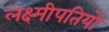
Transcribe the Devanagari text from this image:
लक्ष्मीपतियों